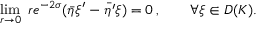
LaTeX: \operatorname * { l i m } _ { r \rightarrow 0 } ~ r e ^ { - 2 \sigma } ( \bar { \eta } \xi ^ { \prime } - \bar { \eta ^ { \prime } } \xi ) = 0 \, , \qquad \forall \xi \in D ( K ) .